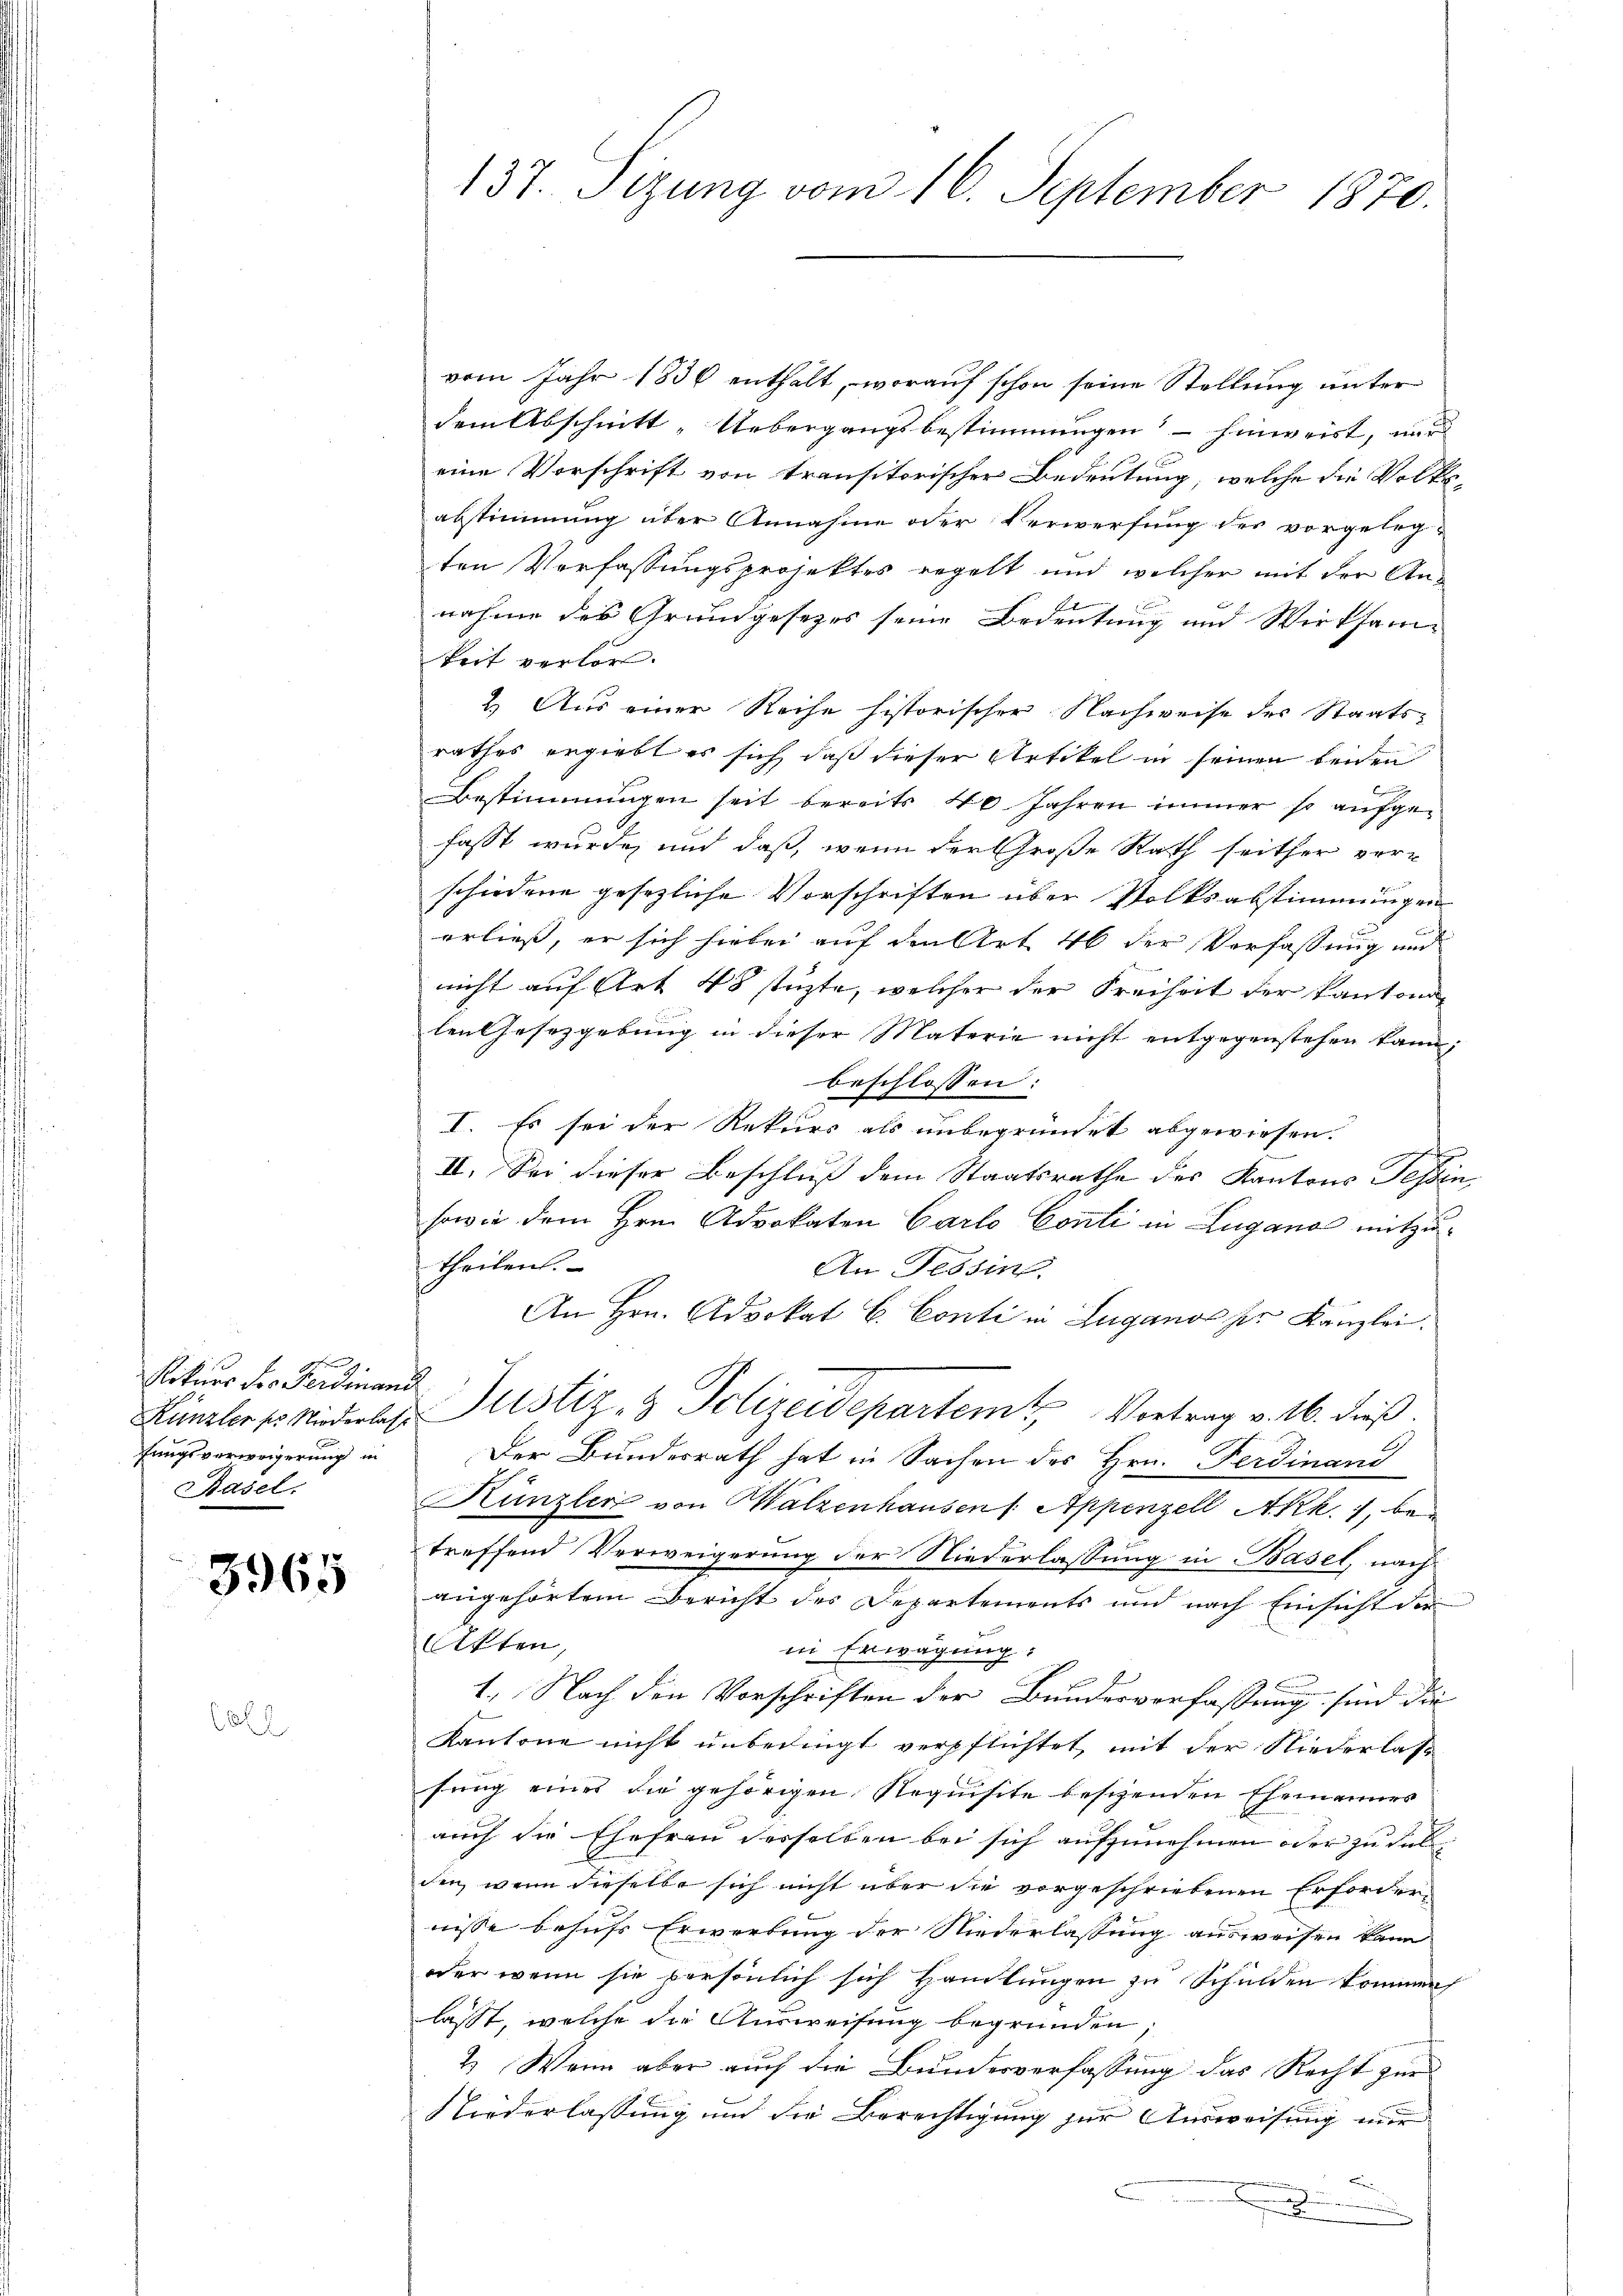
g
Rekurs der Ferdinand
fungsverweigerung in
Basel.

3965

82

137. Sizung vom 16. September 1870.

vom Jahr 1836 enthält, worauf schon seine Stellung unter
dem Abschnitt „Uebergangsbestimmungen - hinweist, nur
eine Vorschrift von transitorischer Bedeutung, welche die Volks-
abstimmung über Annahme oder Verwerfung der vorgelegten Verfassungsprojektes regelt und welcher mit der Annahme des Grundgesetzes seine Bedeutung und Wirksam-
keit verlor.
2.) Aus einer Reihe historischer Nachweise des Staatsrathes ergiebt es sich daß dieser Artikel in seinen beiden
e
Bestimmungen seit bereits 40 Jahren immer so aufgefasst wurde, und daß, wenn der Große Rath seither ver-
schiedene gesezliche Vorschriften über Volksabstimmungen
erließ, er sich hiebei auf den Art 46 der Verfassung und
e
nicht auf Art 48 stüzte, welcher der Freiheit der Kantona
len Gesetzgebung in dieser Materie nicht entgegenstehen kann;
schlossen:
Be
I. Es sei der Rekurs als unbegründet abgewiesen.
II. Sei dieser Beschluß dem Staatsrathe des Kantons Tessin,
sowie dem Hrn. Advokaten Carto Conti in Lugano mitzutheilen.
An Tessin.
An Hrn. Advokat C. Conti in Luganos her Kanzlei.
Künzler es Niederbes Justiz- & Polizeidepartem Vortrag v. 16. dieß.
Der Bundesrath hat in Sachen des Hrn. Ferdinand
Künzler von Walzenhausen /: Appenzell Akk. 1, betreffend Verweigerung der Niederlassung in Basel, nach
angehörtem Bericht des Departements und nach Einsicht der
Akten,
in Erwägung:
1. Nach den Vorschriften der Bundesverfassung sind die
Kantone nicht unbedingt verpflichtet, mit der Niederlas
sung eines die gehörigen Requisite besizenden Ehemannes
auch die Ehefrau derselben bei sich aufzunehmen oder zu dell
den, wenn dieselbe sich nicht über die vorgeschriebenen Erfordernisse behufs Erwerbung der Niederlassung ausweisen kann
oder wenn sie persönlich sich Handlungen zu Schulden kommen
lasst, welche die Ausweisung begründen;
2.) Wenn aber auch die Bundesverfassung das Recht zur
Niederlassung und die Berechtigung zur Ausweisung nur
.
A